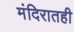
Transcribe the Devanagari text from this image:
मंदिरातही